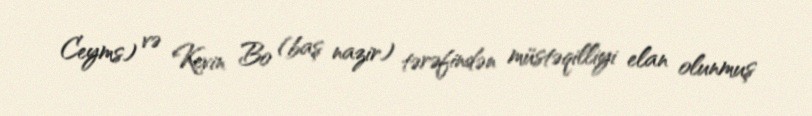
Ceyms) və Kevin Bo (baş nazir) tərəfindən müstəqilliyi elan olunmuş